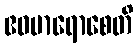
ဧဝမာရောစေတိ